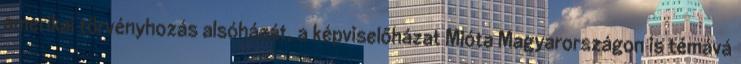
amerikai törvényhozás alsóházát, a képviselőházat Mióta Magyarországon is témává